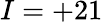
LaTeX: I=+21